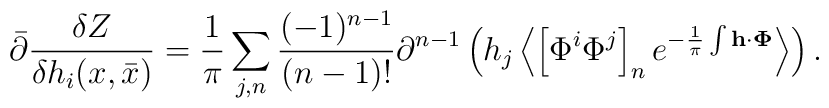
\bar{\partial }\frac{\delta Z}{\delta h_i(x,\bar{x})}=\frac{1}{\pi}\sum_{j,n}^{}\frac{(-1)^{n-1}}{(n-1)!}\partial ^{n-1}\left(h_j\left<\left[\Phi^i\Phi ^j\right] _ne^{-\frac{1}{\pi }\int {\bf h \cdot\Phi}}\right>\right).